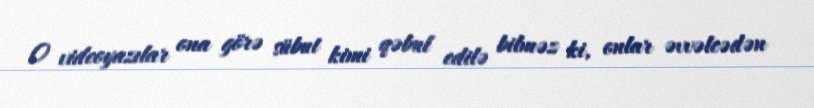
O videoyazılar ona görə sübut kimi qəbul edilə bilməz ki, onlar əvvəlcədən